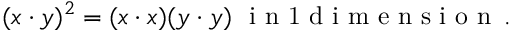
( x \cdot y ) ^ { 2 } = ( x \cdot x ) ( y \cdot y ) \mathrm { ~ \ i ~ n ~ 1 ~ d ~ i ~ m ~ e ~ n ~ s ~ i ~ o ~ n ~ } \, .